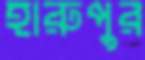
হারুপুর